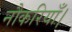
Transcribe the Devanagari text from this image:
नौकरियाँ।